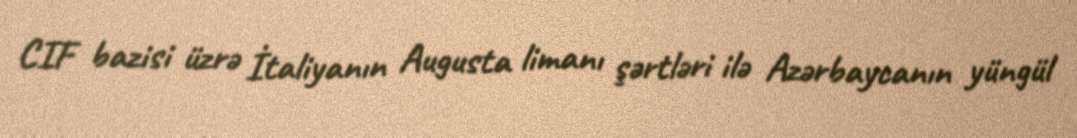
CIF bazisi üzrə İtaliyanın Augusta limanı şərtləri ilə Azərbaycanın yüngül